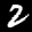
Label: 2